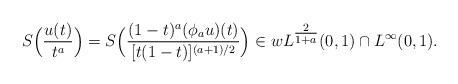
LaTeX: \begin{align*} S \Big( \frac{u(t)}{t^a} \Big) = S \Big( \frac{ (1-t)^{a} (\phi_a u)(t) }{ [t(1-t)]^{(a+1)/2} } \Big) \in wL^{\tfrac2{1+a}} (0,1) \cap L_{}^\infty (0,1).\end{align*}